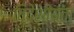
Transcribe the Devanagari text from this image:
विदेशीयता